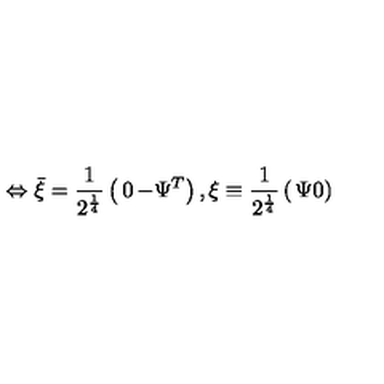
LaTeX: \Leftrightarrow \bar { \xi } = { \frac { 1 } { 2 ^ { \frac { 1 } { 4 } } } } \left( \begin{matrix} { 0 } & { - \Psi ^ { T } } \\ \end{matrix} \right) , \xi \equiv { \frac { 1 } { 2 ^ { \frac { 1 } { 4 } } } } \left( \begin{matrix} { \Psi } \\ { 0 } \\ \end{matrix} \right)